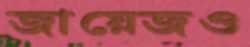
জায়েজও